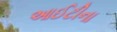
આઈટીના